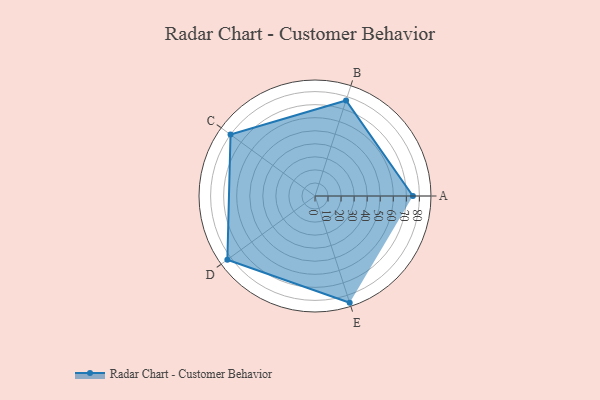
{"axis": {"x": "Skill", "y": "Score"}, "legend": ["Profile"], "data": [{"x": "A", "y": 75.0, "type": "Profile"}, {"x": "B", "y": 77.0, "type": "Profile"}, {"x": "C", "y": 80.0, "type": "Profile"}, {"x": "D", "y": 83.0, "type": "Profile"}, {"x": "E", "y": 86.0, "type": "Profile"}]}